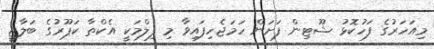
މިއަހަރުގެ ފަހުކޮޅު ޝޫޓިން ފަށަން ހަމަޖެހިފައިވާ މި ފިލްމަކީ އެކްތާ ކަޕޫރުގެ ބަލާޖީ